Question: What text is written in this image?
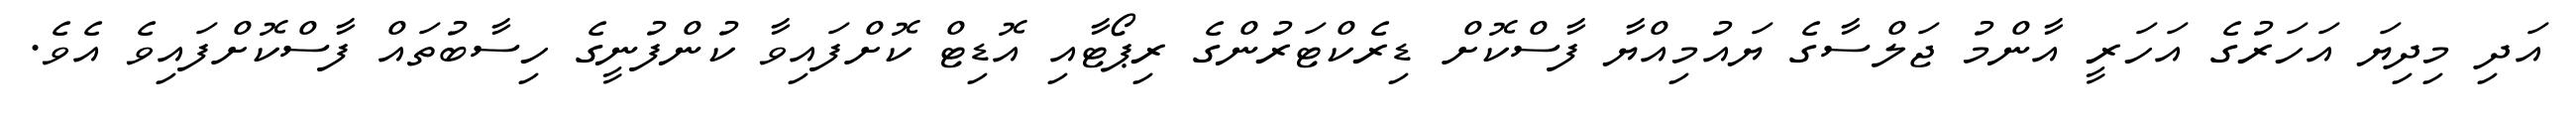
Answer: އަދި މިދިޔަ އަހަރުގެ އަހަރީ އާންމު ޖަލްސާގެ ޔައުމިއްޔާ ފާސްކޮށް ޑިރެކްޓަރުންގެ ރިޕޯޓާއި އޮޑިޓް ކޮށްފައިވާ ކުންފުނީގެ ހިސާބުތައް ފާސްކޮށްފައިވެ އެވެ.